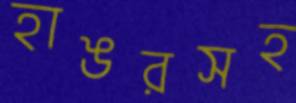
হাঙরসহ